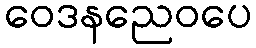
ဝေဒနညေဝပေ